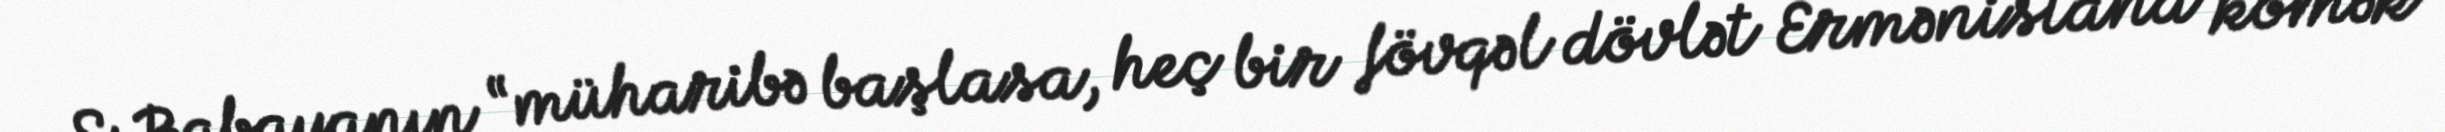
S.Babayanın “müharibə başlasa, heç bir fövqəl dövlət Ermənistana kömək